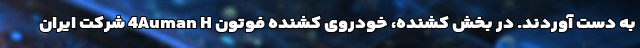
به دست آوردند. در بخش کشنده‌، خودروی کشنده فوتون 4Auman H شرکت ایران